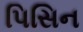
પિસિન